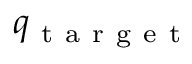
q _ { \mathrm { ~ t ~ a ~ r ~ g ~ e ~ t ~ } }